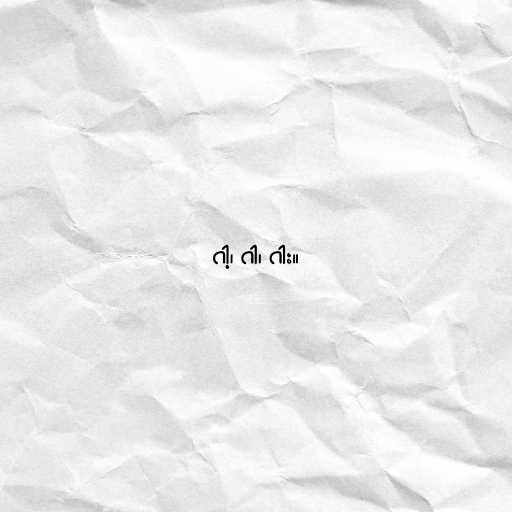
ဂါ့၊ ဂါ၊ ဂါး။